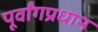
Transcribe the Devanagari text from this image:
पूर्वांगप्रधान